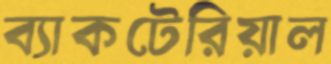
ব্যাকটেরিয়াল